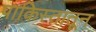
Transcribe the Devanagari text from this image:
पाकिस्तातून